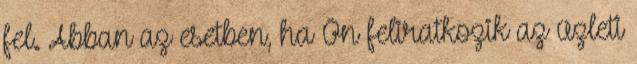
fel. Abban az esetben, ha Ön feliratkozik az üzleti